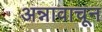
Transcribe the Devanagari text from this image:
अन्नावाचून